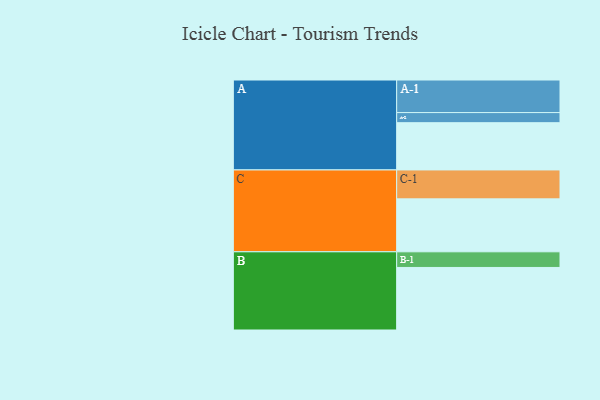
{"axis": {"x": "Segment", "y": "Value"}, "legend": ["", "A", "B", "C"], "data": [{"x": "A", "y": 374, "type": ""}, {"x": "B", "y": 495, "type": ""}, {"x": "C", "y": 419, "type": ""}, {"x": "A-1", "y": 258, "type": "A"}, {"x": "A-2", "y": 80, "type": "A"}, {"x": "B-1", "y": 124, "type": "B"}, {"x": "C-1", "y": 229, "type": "C"}]}